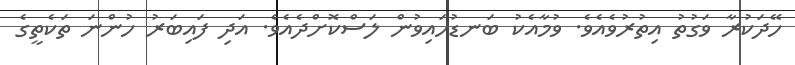
ހޭދަކުރާ ވަގުތު އިތުރުވެއެވެ. ވުމާއެކު ބަނޑުހައިވުން ލަސްކޮށްދެއެވެ. އަދި ފައިބަރު ހުންނަ ތަކެތީގެ